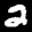
Label: 2